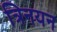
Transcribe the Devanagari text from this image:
त्रिनयन